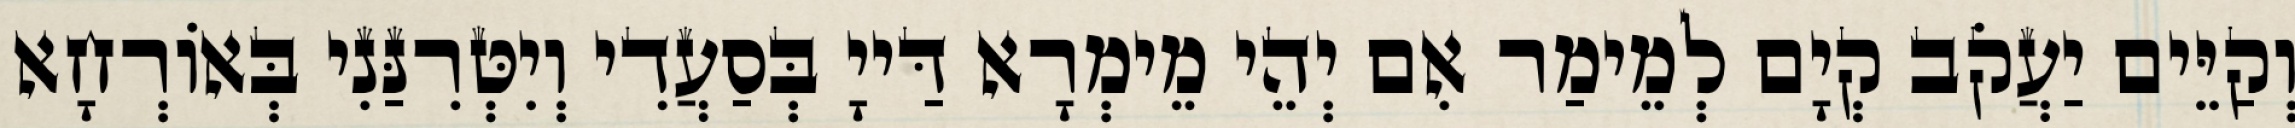
וְקַיֵּים יַעֲקֹב קְיָם לְמֵימַר אִם יְהֵי מֵימְרָא דַּייָ בְּסַעֲדִי וְיִטְּרִנַּנִי בְּאוֹרְחָא